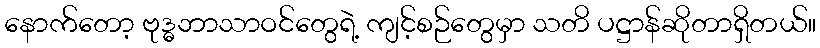
နောက်တော့ ဗုဒ္ဓဘာသာဝင်တွေရဲ့ ကျင့်စဉ်တွေမှာ သတိ ပဋ္ဌာန်ဆိုတာရှိတယ်။